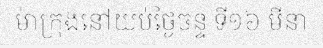
ម៉ាក្រុងនៅយប់ថ្ងៃចន្ទ ទី១៦ មីនា